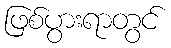
ဖြစ်ပွားရာတွင်